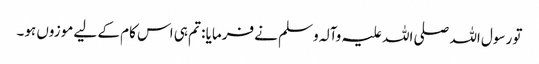
تو رسول اللہ صلی اللہ علیہ وآلہ وسلم نے فرمایا : تم ہی اس کام کے لیے موزوں ہو۔